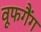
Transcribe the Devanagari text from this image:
वूफगैंग